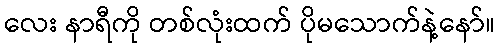
လေး နာရီကို တစ်လုံးထက် ပိုမသောက်နဲ့နော်။